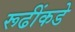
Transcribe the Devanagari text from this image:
रूढींकडे